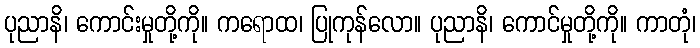
ပုညာနိ၊ ကောင်းမှုတို့ကို။ ကရောထ၊ ပြုကုန်လော။ ပုညာနိ၊ ကောင်မှုတို့ကို။ ကာတုံ၊